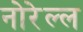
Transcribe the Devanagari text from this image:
नोरेल्ल